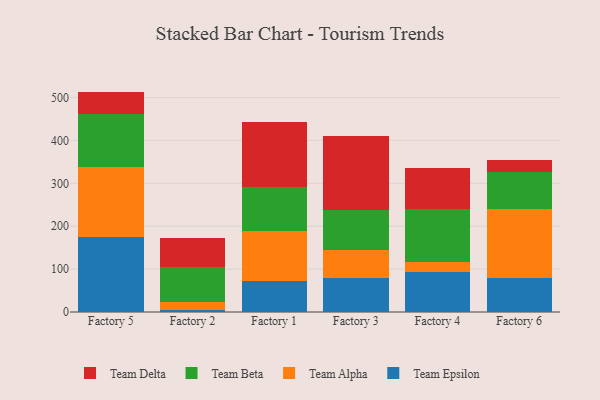
{"axis": {"x": "Factory", "y": "Operating Costs (USD K)"}, "legend": ["Team Alpha", "Team Beta", "Team Delta", "Team Epsilon"], "data": [{"x": "Factory 5", "y": 175.8, "type": "Team Epsilon"}, {"x": "Factory 5", "y": 162.2, "type": "Team Alpha"}, {"x": "Factory 5", "y": 123.1, "type": "Team Beta"}, {"x": "Factory 5", "y": 52.8, "type": "Team Delta"}, {"x": "Factory 2", "y": 5.5, "type": "Team Epsilon"}, {"x": "Factory 2", "y": 16.7, "type": "Team Alpha"}, {"x": "Factory 2", "y": 82.3, "type": "Team Beta"}, {"x": "Factory 2", "y": 69.1, "type": "Team Delta"}, {"x": "Factory 1", "y": 72.5, "type": "Team Epsilon"}, {"x": "Factory 1", "y": 116.3, "type": "Team Alpha"}, {"x": "Factory 1", "y": 102.9, "type": "Team Beta"}, {"x": "Factory 1", "y": 152.3, "type": "Team Delta"}, {"x": "Factory 3", "y": 80.3, "type": "Team Epsilon"}, {"x": "Factory 3", "y": 65.1, "type": "Team Alpha"}, {"x": "Factory 3", "y": 93.3, "type": "Team Beta"}, {"x": "Factory 3", "y": 171.6, "type": "Team Delta"}, {"x": "Factory 4", "y": 92.4, "type": "Team Epsilon"}, {"x": "Factory 4", "y": 24.5, "type": "Team Alpha"}, {"x": "Factory 4", "y": 122.8, "type": "Team Beta"}, {"x": "Factory 4", "y": 95.8, "type": "Team Delta"}, {"x": "Factory 6", "y": 78.9, "type": "Team Epsilon"}, {"x": "Factory 6", "y": 161.9, "type": "Team Alpha"}, {"x": "Factory 6", "y": 84.7, "type": "Team Beta"}, {"x": "Factory 6", "y": 29.9, "type": "Team Delta"}]}